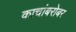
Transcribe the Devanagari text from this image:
काचांबरोबर